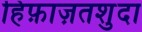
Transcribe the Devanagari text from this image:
हिफ़ाज़तशुदा